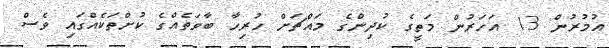
އުމުރުން 13 އަހަރުން މަތީގެ ކުދިންގެ މައްޗަށް ހުރިހާ ބާވަތެއްގެ ކުށްތަކެއްގައި ވެސް